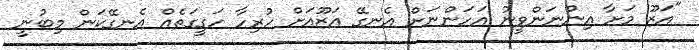
"އަޒޫ މަށާ އިންނަންވީނު އަހަންނަށް އެނގޭ އަޒޫއަށް ހުރިހާ ހަގީގަތެއް އެނގޭކަން މިބުނީ